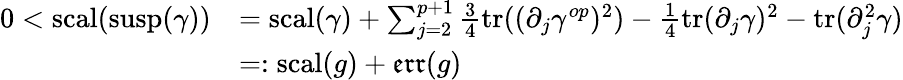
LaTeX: \begin{array}{rl}{0<\mathord{\mathrm{scal}}(\mathrm{susp}(\gamma))}&{=\mathord{\mathrm{scal}}(\gamma)+\sum_{j=2}^{p+1}\frac{3}{4}\mathrm{tr}((\partial_{j}\gamma^{op})^{2})-\frac{1}{4}\mathrm{tr}(\partial_{j}\gamma)^{2}-\mathrm{tr}(\partial_{j}^{2}\gamma)}\\ &{=:\mathord{\mathrm{scal}}(g)+\mathfrak{err}(g)}\end{array}